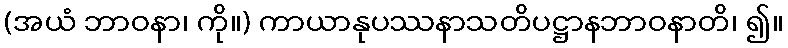
(အယံ ဘာဝနာ၊ ကို။) ကာယာနုပဿနာသတိပဋ္ဌာနဘာဝနာတိ၊ ၍။